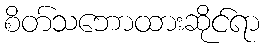
စိတ်သဘောထားဆိုင်ရာ